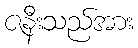
ဇနီးသည်အား